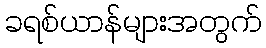
ခရစ်ယာန်များအတွက်